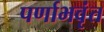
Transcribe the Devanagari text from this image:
पर्णाभवृंत